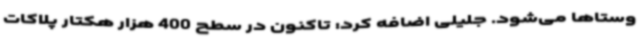
وستاها می‌شود. جلیلی اضافه کرد: تاکنون در سطح 400 هزار هکتار پلاکات